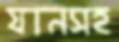
যানসহ